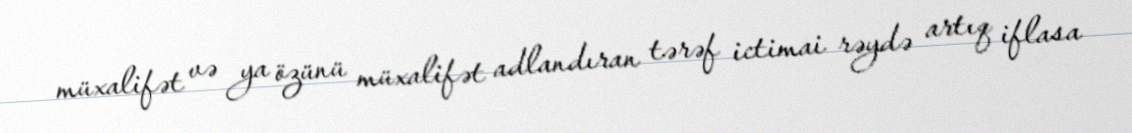
müxalifət və ya özünü müxalifət adlandıran tərəf ictimai rəydə artıq iflasa